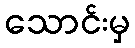
သောင်းမှ